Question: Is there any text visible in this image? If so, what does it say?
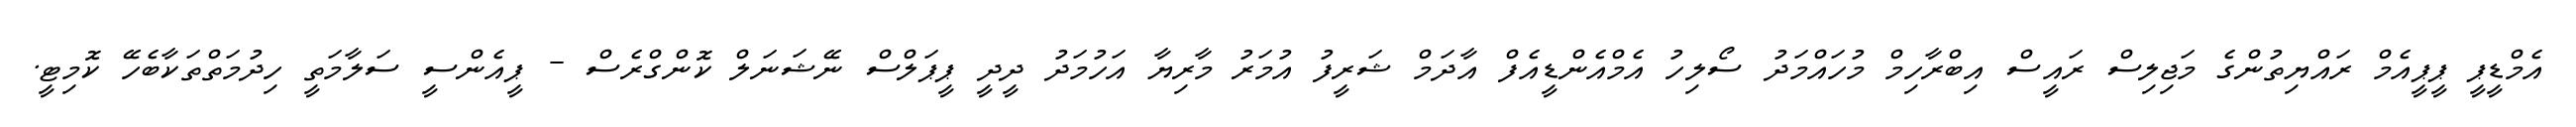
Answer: އެމްޑީޕީ ޕީޕީއެމް ރައްޔިތުންގެ މަޖިލިސް ރައީސް އިބްރާހިމް މުހައްމަދު ސޯލިހު އެމްއެންޑީއެފް އާދަމް ޝަރީފު އުމަރު މާރިޔާ އަހުމަދު ދީދީ ޕީޕަލްސް ނޭޝަނަލް ކޮންގްރެސް - ޕީއެންސީ ސަލާމަތީ ހިދުމަތްތަކާބެހޭ ކޮމިޓީ.